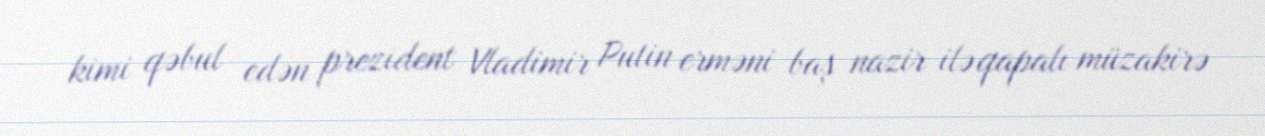
kimi qəbul edən prezident Vladimir Putin erməni baş nazir ilə qapalı müzakirə